Scientific memoirs by medical officers of the Army of India - Part VII,
Year: 1892
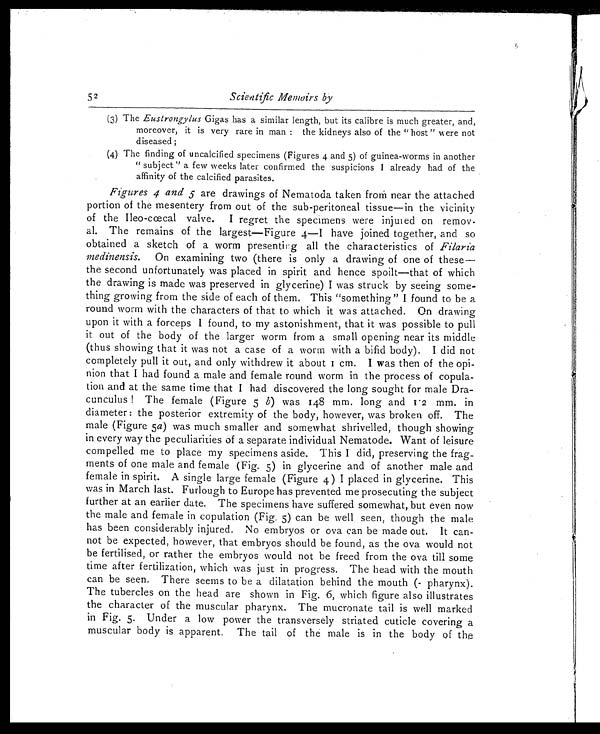
Scientific Memoirs by
(3)The Eustrongylus Gigas has a similar length, but its calibre is much greater, and,
moreover, it is very rare in man : the kidneys also of the " host " were not
diseased ;
(4)The finding of uncalcified specimens (Figures 4 and 5) of guinea-worms in another
" subject " a few weeks later confirmed the suspicions I already had of the
affinity of the calcified parasites.
Figures 4 and 5 are drawings of Nematoda taken from near the attached
portion of the mesentery from out of the sub-peritoneal tissue—in the vicinity
of the Ileo-cœcal valve. I regret the specimens were injured on remov-
al. The remains of the largest—Figure 4—1 have joined together, and so
obtained a sketch of a worm presenting all the characteristics of Filaria
medinensis. On examining two (there is only a drawing of one of these—
the second unfortunately was placed in spirit and hence spoilt—that of which
the drawing is made was preserved in glycerine) I was struck by seeing some-
thing growing from the side of each of them. This "something" I found to be a
round worm with the characters of that to which it was attached. On drawing
upon it with a forceps I found, to my astonishment, that it was possible to pull
it out of the body of the larger worm from a small opening near its middle
(thus showing that it was not a case of a worm with a bifid body). I did not
completely pull it out, and only withdrew it about 1 cm. I was then of the opi-
nion that I had found a male and female round worm in the process of copula-
tion and at the same time that I had discovered the long sought for male Dra-
-cunculus ! The female (Figure 5 b) was 148 mm. long and 1.2 mm. in
diameter: the posterior extremity of the body, however, was broken off. The
male (Figure 5 a) was much smaller and somewhat shrivelled, though showing
in every way the peculiarities of a separate individual Nematode. Want of leisure
compelled me to place my specimens aside. This I did, preserving the frag-
ments of one male and female (Fig. 5) in glycerine and of another male and
female in spirit. A single large female (Figure 4) I placed in glycerine. This
was in March last. Furlough to Europe has prevented me prosecuting the subject
further at an earlier date. The specimens have suffered somewhat, but even now
the male and female in copulation (Fig, 5) can be well seen, though the male
has been considerably injured. No embryos or ova can be made out. It can-
not be expected, however, that embryos should be found, as the ova would not
be fertilised, or rather the embryos would not be freed from the ova till some
time after fertilization, which was just in progress. The head with the mouth
can be seen. There seems to be a dilatation behind the mouth ( pharynx).
The tubercles on the head are shown in Fig. 6, which -figure also illustrates
the character of the muscular pharynx. The mucronate tail is well marked
in Fig. 5. Under a low power the transversely striated cuticle covering a
muscular body is apparent. The tail of the male is in the body of the